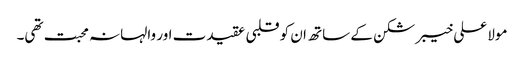
مولا علی خیبر شکن کے ساتھ ان کو قلبی عقیدت اور والہانہ محبت تھی۔